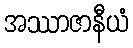
အဿာဇာနီယံ